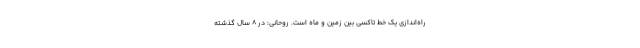
راه‌اندازی یک خط تاکسی بین زمین و ماه است. روحانی: در 8 سال گذشته